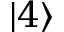
| 4 \rangle